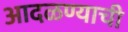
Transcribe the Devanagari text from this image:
आदळण्याची